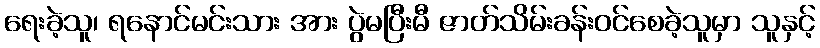
ရေးခဲ့သူ၊ ရနောင်မင်းသား အား ပွဲမပြီးမီ ဇာတ်သိမ်းခန်းဝင်စေခဲ့သူမှာ သူနှင့်